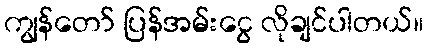
ကျွန်တော် ပြန်အမ်းငွေ လိုချင်ပါတယ်။